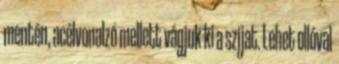
mentén, acélvonalzó mellett vágjuk ki a szíjat. Lehet ollóval